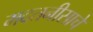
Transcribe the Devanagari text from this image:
मदतनीसाचे